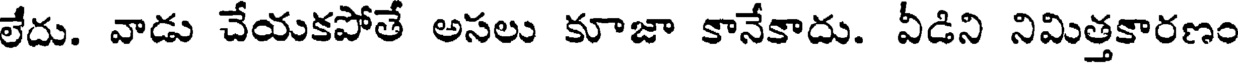
లేదు. వాడు చేయకపోతే అసలు కూజా కానేకాదు. వీడిని నిమిత్తకారణం